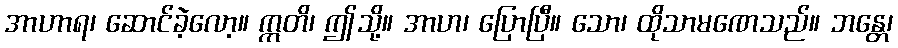
အာဟာရ၊ ဆောင်ခဲ့လော့။ ဣတိ၊ ဤသို့။ အာဟ၊ ပြောပြီ။ သော၊ ထိုသာမဏေသည်။ ဘန္တေ၊